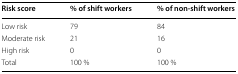
<table><thead><tr><td><b>Risk score</b></td><td><b>% of shift workers</b></td><td><b>% of non-shift workers</b></td></tr></thead><tbody><tr><td>Low risk</td><td>79</td><td>84</td></tr><tr><td>Moderate risk</td><td>21</td><td>16</td></tr><tr><td>High risk</td><td>0</td><td>0</td></tr><tr><td>Total</td><td>100 %</td><td>100 %</td></tr></tbody></table>